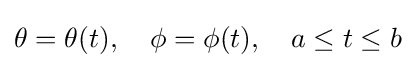
\theta =\theta (t),\quad \phi =\phi (t),\quad a\leq t\leq b